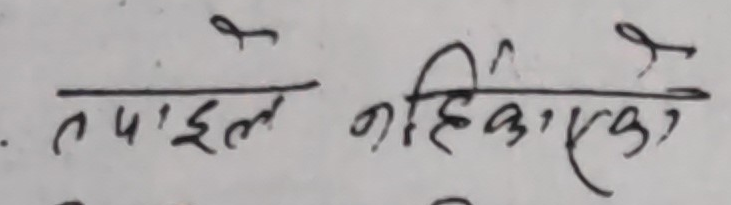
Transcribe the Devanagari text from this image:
तपाईले नहेरेको